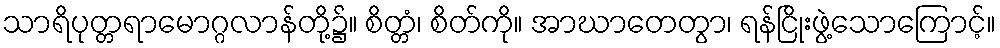
သာရိပုတ္တရာမောဂ္ဂလာန်တို့၌။ စိတ္တံ၊ စိတ်ကို။ အာဃာတေတွာ၊ ရန်ငြိုးဖွဲ့သောကြောင့်။